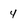
Character: 4